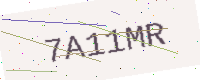
Text: 7A11MR